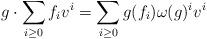
LaTeX: \begin{align*}g \cdot \sum_{i \geq 0} f_i v^i = \sum_{i\geq 0} g(f_i) \omega(g)^i v^i\end{align*}